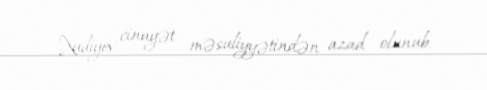
Xudiyev cinayət məsuliyyətindən azad olunub.